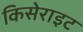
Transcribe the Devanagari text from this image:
किसेराइट